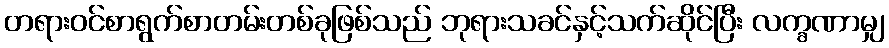
တရားဝင်စာရွက်စာတမ်းတစ်ခုဖြစ်သည် ဘုရားသခင်နှင့်သက်ဆိုင်ပြီး လက္ခဏာမျှ